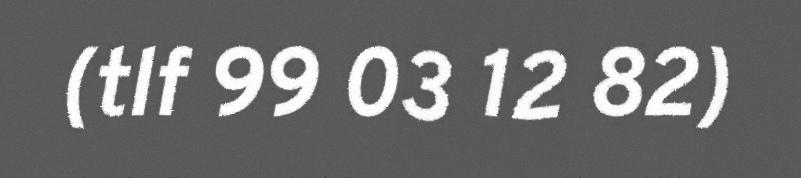
(tlf 99 03 12 82)